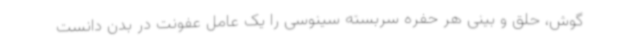
گوش، حلق و بینی هر حفره سربسته سینوسی را یک عامل عفونت در بدن دانست